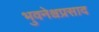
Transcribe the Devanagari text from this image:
भुवनेश्वप्रसाद